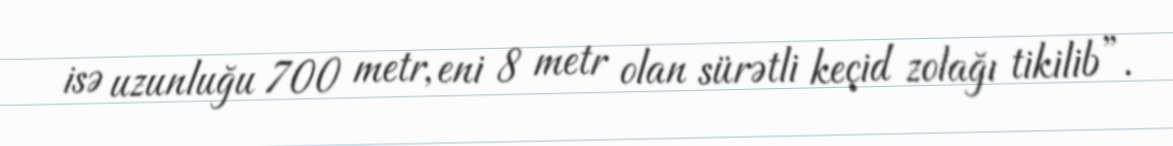
isə uzunluğu 700 metr, eni 8 metr olan sürətli keçid zolağı tikilib”.